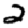
Digit: 2